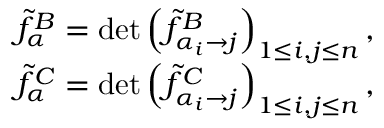
\begin{array} { r } { \widetilde { f } _ { \alpha } ^ { B } = \operatorname* { d e t } \left( \widetilde { f } _ { \alpha _ { i } \to j } ^ { B } \right) _ { 1 \leq i , j \leq n } , } \\ { \widetilde { f } _ { \alpha } ^ { C } = \operatorname* { d e t } \left( \widetilde { f } _ { \alpha _ { i } \to j } ^ { C } \right) _ { 1 \leq i , j \leq n } , } \end{array}